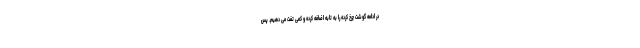
در ادامه گوشت چرخ کرده را به تابه اضافه کرده و کمی تفت می دهیم. پس